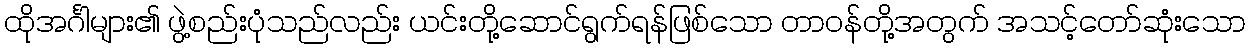
ထိုအင်္ဂါများ၏ ဖွဲ့စည်းပုံသည်လည်း ယင်းတို့ဆောင်ရွက်ရန်ဖြစ်သော တာဝန်တို့အတွက် အသင့်တော်ဆုံးသော